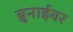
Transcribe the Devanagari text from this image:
ब्रुनाईवर